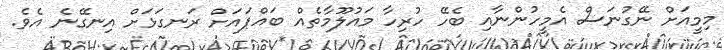
މިމީއަށް ނޭގުނަސް އެމީހުންނާއި ބެހޭ ހުރިހާ މައުލޫމާތެއް ބައްޕައަށް ރަނގަޅަށް އިނގޭނެ އެވެ.